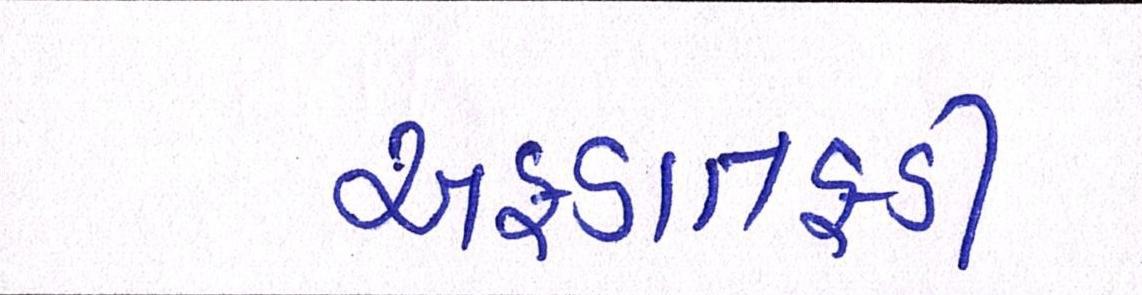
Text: અફડાતફડી